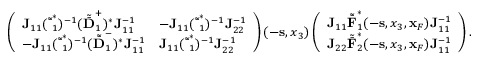
\begin{array} { r l r } & { } & { \left( \begin{array} { l l } { { \bf J } _ { 1 1 } ( { \tilde { \bar { \bf \Delta } } } _ { 1 } ^ { * } ) ^ { - 1 } ( { \tilde { \bar { \bf D } } } _ { 1 } ^ { + } ) ^ { * } { \bf J } _ { 1 1 } ^ { - 1 } } & { - { \bf J } _ { 1 1 } ( { \tilde { \bar { \bf \Delta } } } _ { 1 } ^ { * } ) ^ { - 1 } { \bf J } _ { 2 2 } ^ { - 1 } } \\ { - { \bf J } _ { 1 1 } ( { \tilde { \bar { \bf \Delta } } } _ { 1 } ^ { * } ) ^ { - 1 } ( { \tilde { \bar { \bf D } } } _ { 1 } ^ { - } ) ^ { * } { \bf J } _ { 1 1 } ^ { - 1 } } & { { \bf J } _ { 1 1 } ( { \tilde { \bar { \bf \Delta } } } _ { 1 } ^ { * } ) ^ { - 1 } { \bf J } _ { 2 2 } ^ { - 1 } } \end{array} \right) ( - { \bf s } , x _ { 3 } ) \left( \begin{array} { l } { { \bf J } _ { 1 1 } { \tilde { \bar { \bf F } } } _ { 1 } ^ { * } ( - { \bf s } , x _ { 3 } , { \bf x } _ { F } ) { \bf J } _ { 1 1 } ^ { - 1 } } \\ { { \bf J } _ { 2 2 } { \tilde { \bar { \bf F } } } _ { 2 } ^ { * } ( - { \bf s } , x _ { 3 } , { \bf x } _ { F } ) { \bf J } _ { 1 1 } ^ { - 1 } } \end{array} \right) . } \end{array}